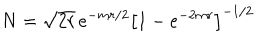
LaTeX: N = \sqrt { 2 r } \, e ^ { - m r / 2 } \left[ 1 - e ^ { - 2 m r } \right] ^ { - 1 / 2 }